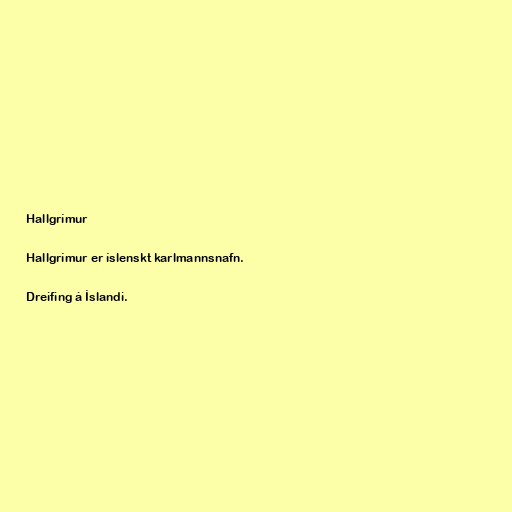
Hallgrímur

Hallgrímur er íslenskt karlmannsnafn.

Dreifing á Íslandi.